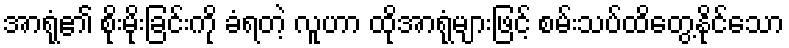
အာရုံ၏ စိုးမိုးခြင်းကို ခံရတဲ့ လူဟာ ထိုအာရုံများဖြင့် စမ်းသပ်ထိတွေ့နိုင်သော